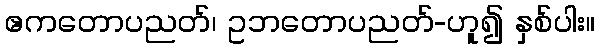
ဧကတောပညတ်၊ ဥဘတောပညတ်-ဟူ၍ နှစ်ပါး။